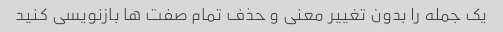
یک جمله را بدون تغییر معنی و حذف تمام صفت ها بازنویسی کنید